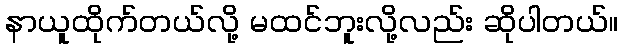
နာယူထိုက်တယ်လို့ မထင်ဘူးလို့လည်း ဆိုပါတယ်။